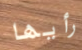
رأيها